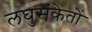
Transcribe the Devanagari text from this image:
लघुसंकेतों